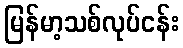
မြန်မာ့သစ်လုပ်ငန်း